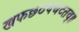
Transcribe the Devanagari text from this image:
खफछठथचटतव्॥